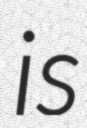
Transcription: is